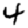
Digit: 4